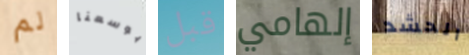
لم بوسعنا قبل إلهامي الحشد